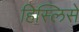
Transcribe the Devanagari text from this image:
हिस्लिसे